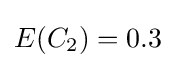
E(C_{2})=0.3